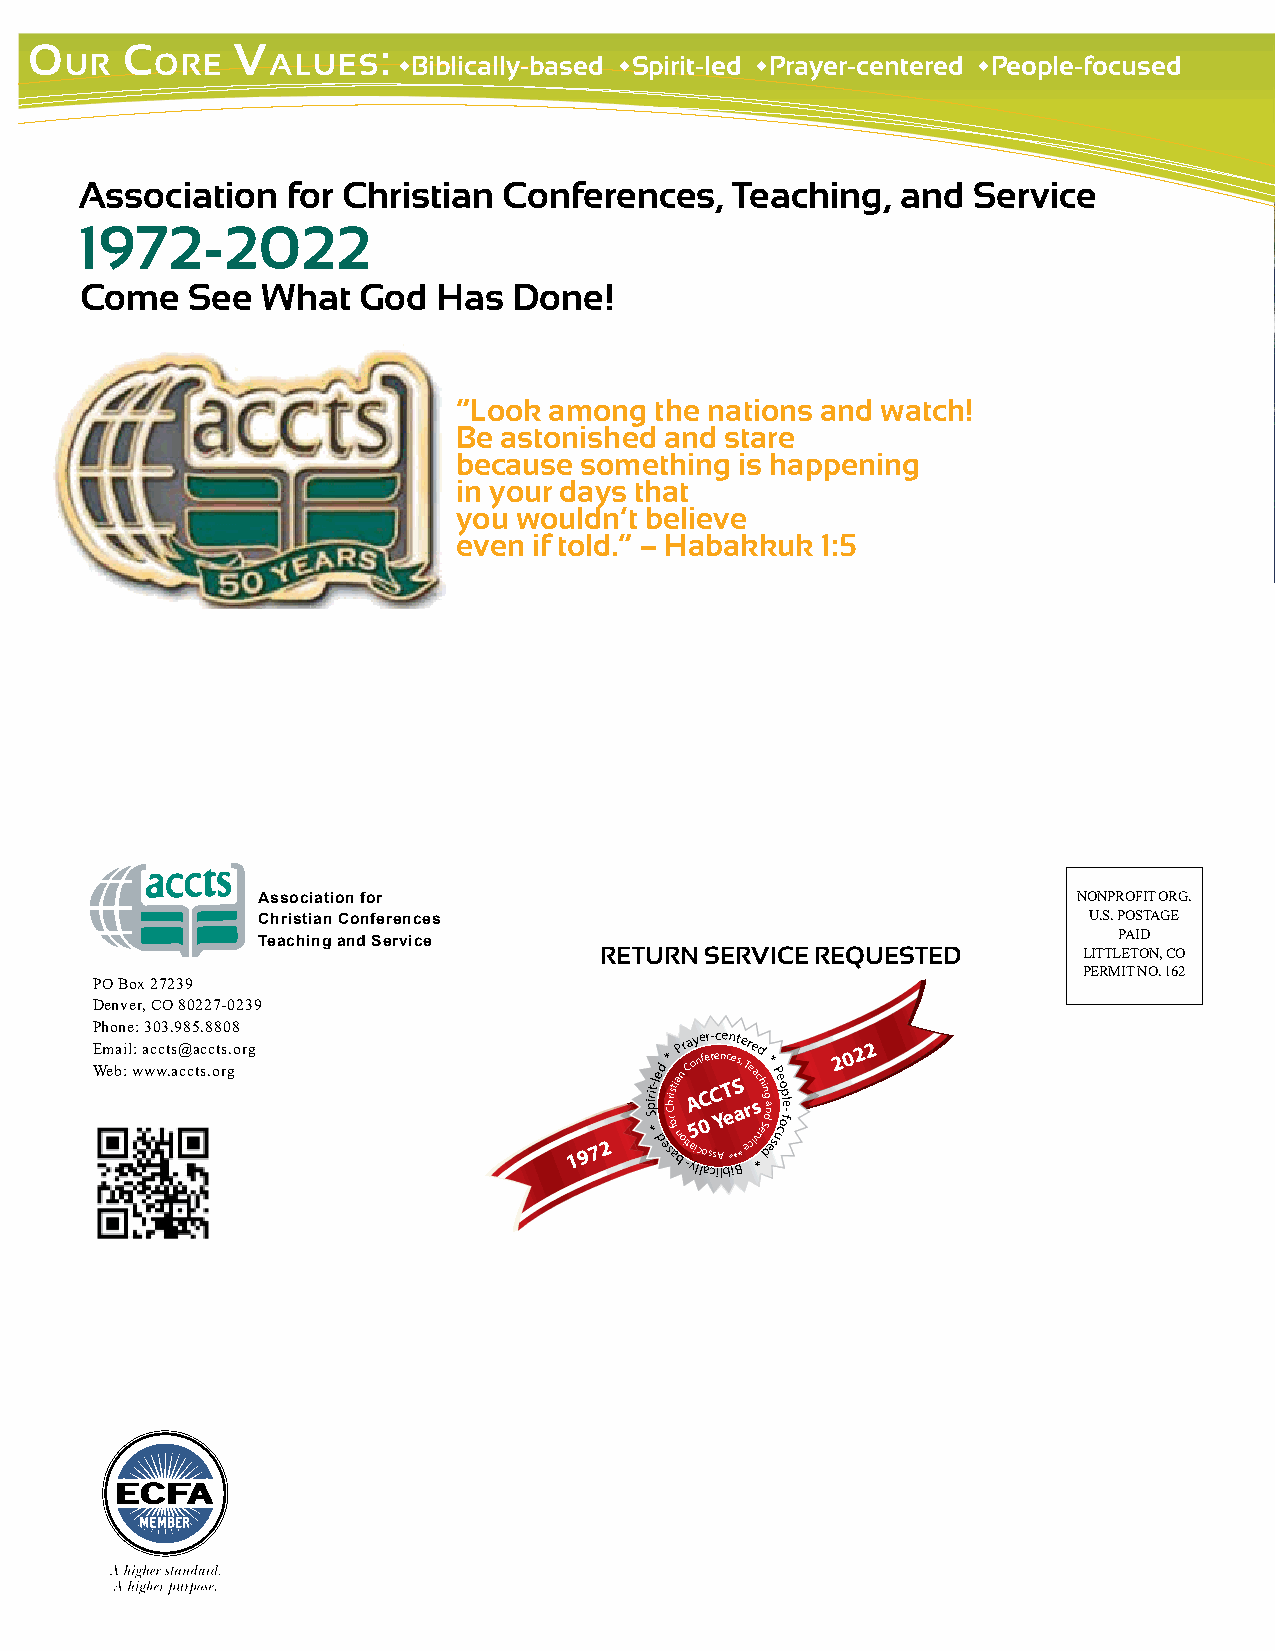
O     C       V        :
 ur    Ore     alues   wBiblically-based wSpirit-led wPrayer-centered wPeople-focused
 Association   for Christian Conferences,    Teaching,  and Service
 1972-2022
 Come   See  What   God  Has  Done!
 “Look among  the nations and watch!
 Be astonished and stare
 because something  is happening
 in your days that
 you wouldn’t believe
 even if told.” – Habakkuk 1:5                           O  ur  M  issiOn:
 Association for                                       NONPROFIT ORG.
 Christian Conferences                                  U.S. POSTAGE
 PAID
 Teaching and Service
 RETURN SERVICE REQUESTED        LITTLETON, CO
 PERMIT NO. 162
 PO Box 27239
 Denver, CO 80227-0239
 Phone: 303.985.8808
 E Wm eba :i l w: a wc wct .s a@ cca tsc .c ot rs g.org
 1 9 7 2
 pi Sri t *-l e
 dd
 e
 sCh
 rr*
 i aos ft i
 n
 ba
 oP
 n
 ir -tC
 a
 ya
 A
 io
 5
 lcy ln oe af
 C
 0e sr
 c
 - r se Cc iAYn le bc Tn
 e
 *e i*t s
 BS
 ae ,
 *
 Tr eee
 r
 c
 a
 icd
 *vsh
 r
 i
 e
 n
 S
 g
 d
 a*
 n
 d e
 P se uo cp
 of
 l -e
 2 0 2 2